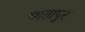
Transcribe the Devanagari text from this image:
छातापुर